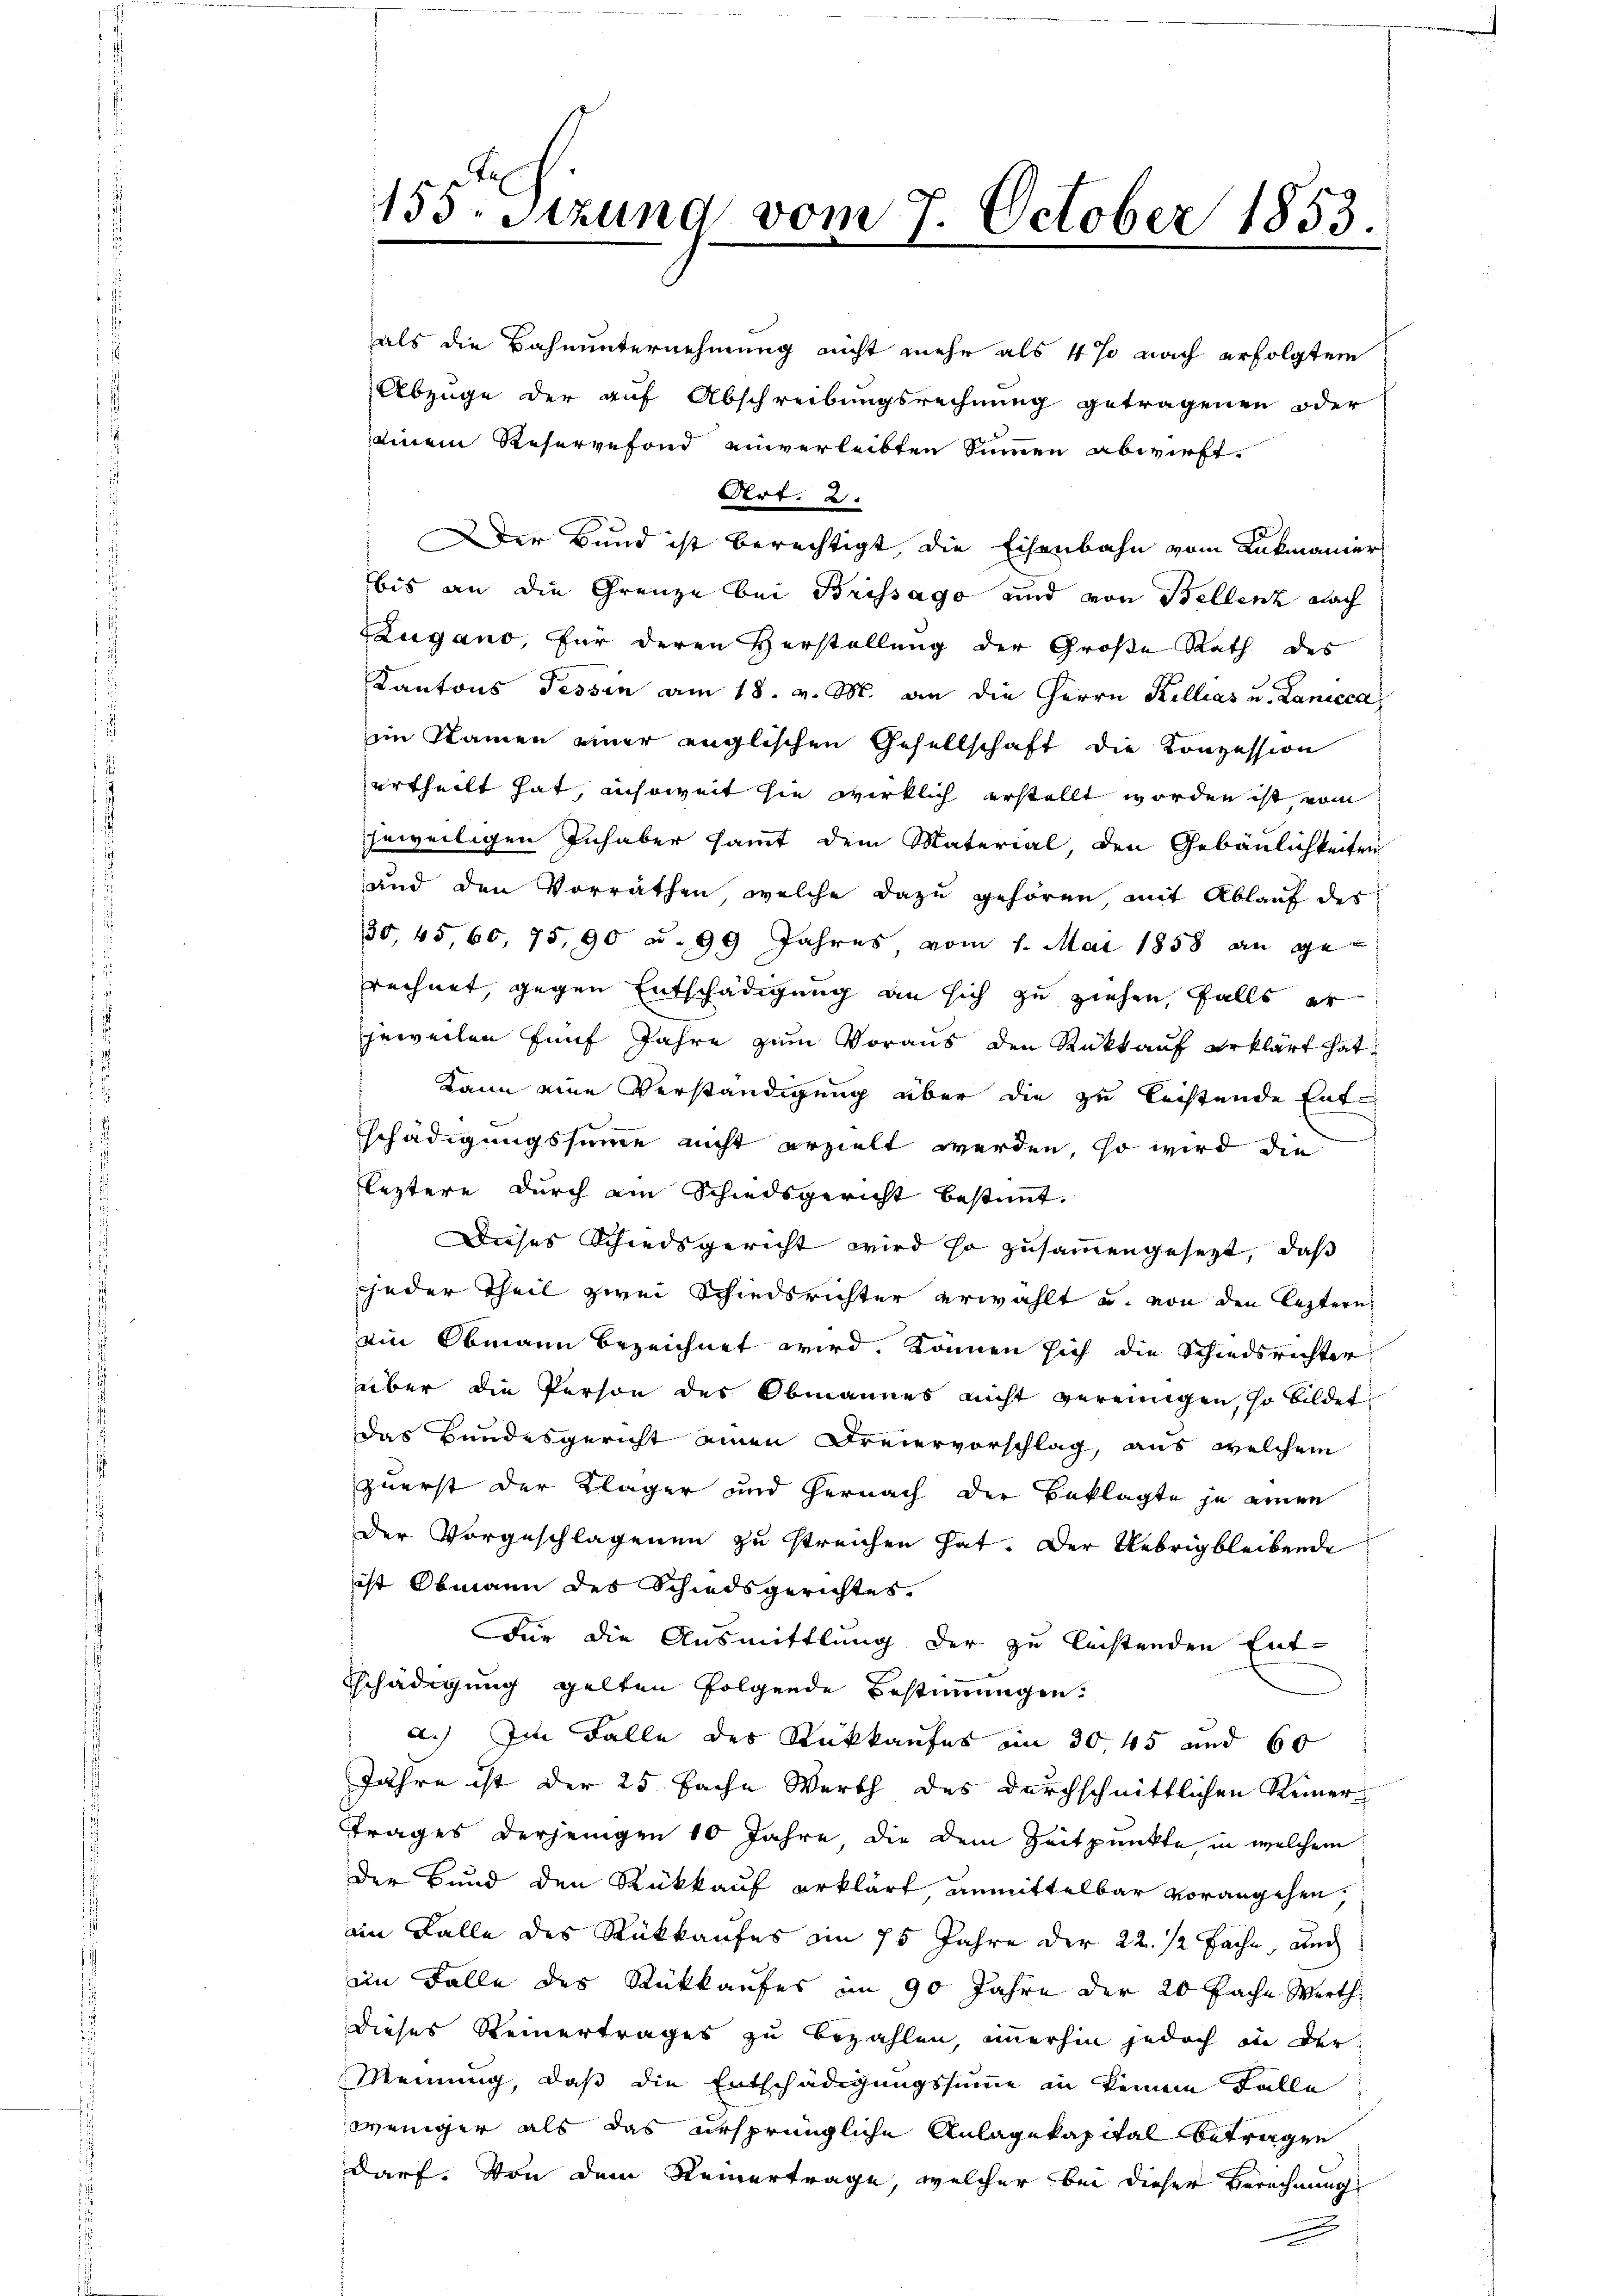
155. Sitzung vom 7. October 1853.
1

als die Bahnunternehmung nicht mehr als 4 % nach erfolgtem
Abzüge der auf Abschreibungsrechnung getragenen oder
seinem Reservefond einverleibten Summen abwirft.
Art. 2.
Der Bund ist berechtigt, die Eisenbahn vom Lukmanier
bis an die Grenze bei Brissago und von Bellenz nach
Zugano, für deren Herstellung der Große Rath des
Kantons Tessin am 18. v. M. an die Herrn Kellias u. Lanicca
im Namen einer englischen Gesellschaft die Konzession
ertheilt hat, insoweit sie wirklich erstellt worden ist vom
jeweiligen Inhaber sammt dem Material, den Gebäulichkeiten
und den Vorräthen welche dazu gehören, mit Ablauf des
30, 45, 60, 75, 90 u. 99 Jahres, vom 1. Mai 1858 an gerechnet, gegen Entschädigung an sich zu ziehen, falls er
jeweilen fünf Jahre zum Voraus den Rückt auf erklärt hat
Kann eine Verständigung über die zu leistende Entschädigungssumme nicht erzielt werden, so wird die
leztere durch ain Schiedsgericht bestimmt.
Dieses Schiedsgericht wird so zusammengesezt, daß
jeder Theil zwei Schiedsrichter erwählt u. von den leztern
ein Obmann bezeichnet wird, können sich die Schiedsrichter
über die Person des Obmannes nicht vereinigen, so bildet
das Bundesgericht einen Freiervorschlag, aus welchem
zuerst der Kläger und hernach der Beklagte je einen
der Vorgeschlagenen zu streichen hat. Der Uebrig bleibende
ist Obmann des Schiedsgerichtes.
Für die Ausmittlung der zu leistenden Ent-
schädigung gelten folgende Bestimmungen.
a.) Im Falle des Rückkaufes in 30, 45 und 60
Jahre ist der 25. Fache Werth des durchschnittlichen Reiner
ttrages derjenigen 10 Jahre die dem Zeitpunkte, in welchem
der Bund den Rückkauf erklärt unmittelbar vorangehen,
an Falle des Rückkaufes am 15 Jahre der 22. 12 Fache, auch
im Falle des Rückkaufes im 90 Jahre der 20 Fache Werth
dieses Reinertrages zu bezahlen, immerhin jedoch in der
Meinung, daß die Entschädigungssumme in keinem Falle
weniger als das ursprüngliche Anlagekapital betragen
darf. Von dem Reinertrage, welcher bei dieser Berechnung

x